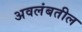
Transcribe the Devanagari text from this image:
अवलंबतील